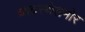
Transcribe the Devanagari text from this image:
व्यवस्थेसमोर